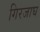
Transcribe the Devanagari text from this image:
गिरजाघ